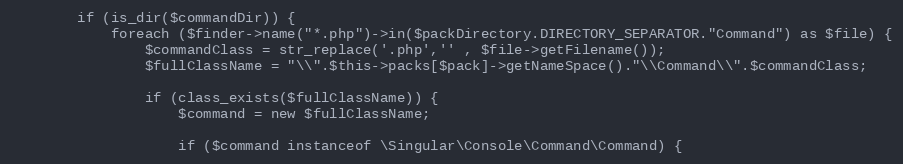
Language: PHP
        if (is_dir($commandDir)) {
            foreach ($finder->name("*.php")->in($packDirectory.DIRECTORY_SEPARATOR."Command") as $file) {
                $commandClass = str_replace('.php','' , $file->getFilename());
                $fullClassName = "\\".$this->packs[$pack]->getNameSpace()."\\Command\\".$commandClass;

                if (class_exists($fullClassName)) {
                    $command = new $fullClassName;

                    if ($command instanceof \Singular\Console\Command\Command) {